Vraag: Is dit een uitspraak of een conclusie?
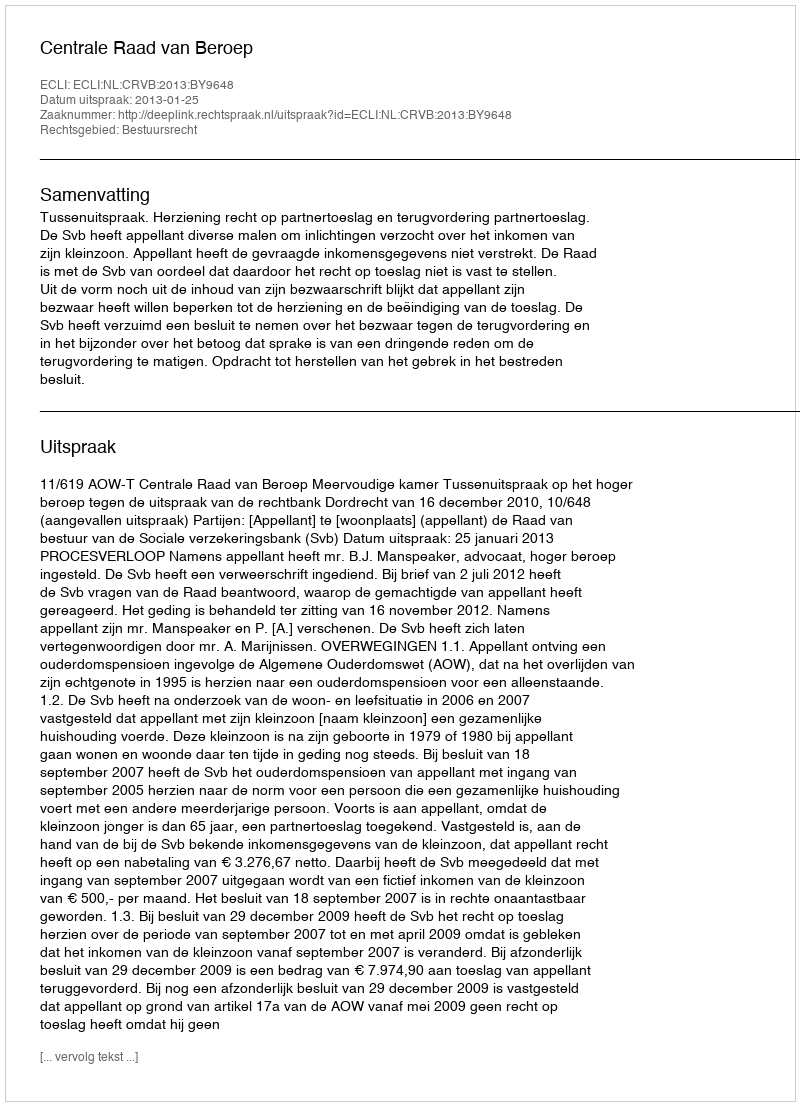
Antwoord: Uitspraak